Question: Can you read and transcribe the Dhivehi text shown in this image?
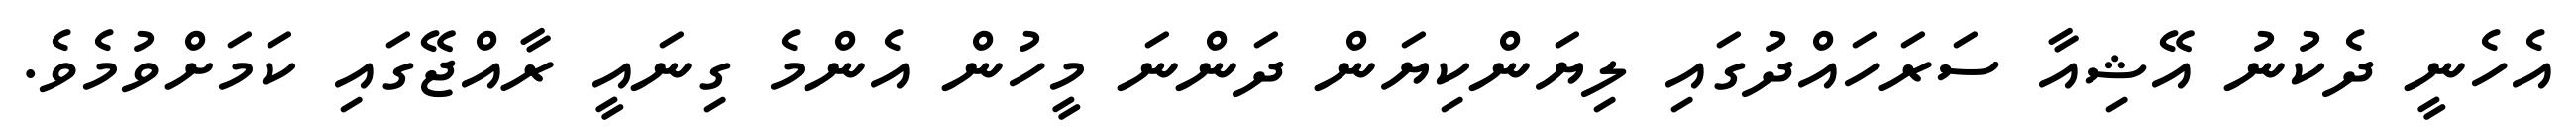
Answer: އެހެނީ ދެކުނު އޭޝިއާ ސަރަހައްދުގައި ލިޔަންކިޔަން ދަންނަ މީހުން އެންމެ ގިނައީ ރާއްޖޭގައި ކަމަށްވުމެވެ.